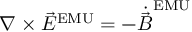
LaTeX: \nabla \times { \vec { E } } ^ { \mathrm { E M U } } = - { \dot { \vec { B } } } ^ { \mathrm { E M U } }